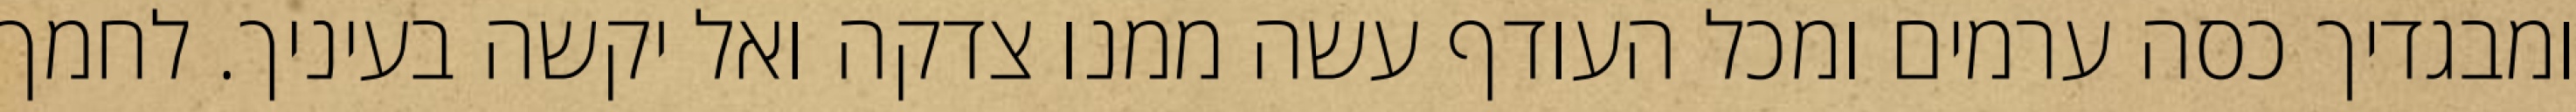
ומבגדיך כסה ערמים ומכל העודף עשה ממנו צדקה ואל יקשה בעיניך. לחמך